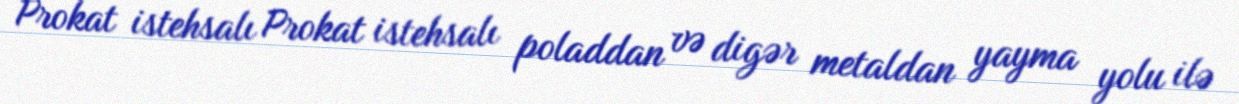
Prokat istehsalı Prokat istehsalı poladdan və digər metaldan yayma yolu ilə